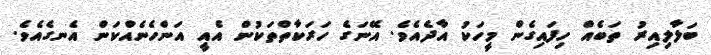
ބަލާލިއިރު ތަބެއް ހިފައިގެން މީހަކު އާދެއެވެ. އޭނަގެ ހަރަކާތްތަކުން އެއީ އަންހެނެއްކަން އެނގެއެވެ.